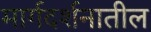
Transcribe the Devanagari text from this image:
मार्गदर्शनातील